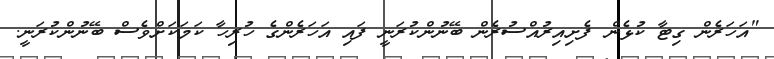
"އަހަރެން ގިޓާ ކުޅެން ފެށިއިރުއްސުރެން ބޭނުންކުރަނީ ފައި އަހަރެންގެ ހުރިހާ ކަމަކަށްވެސް ބޭނުންކުރަނީ.